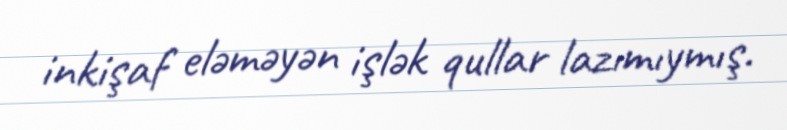
inkişaf eləməyən işlək qullar lazımıymış.